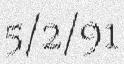
5/2/91